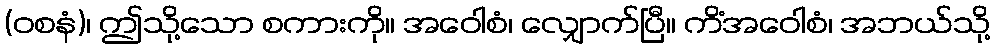
(ဝစနံ)၊ ဤသို့သော စကားကို။ အဝေါစံ၊ လျှောက်ပြီ။ ကိံအဝေါစံ၊ အဘယ်သို့